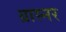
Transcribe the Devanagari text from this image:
ग्रास्नर